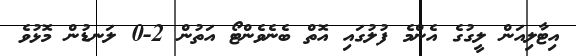
އިޓާލިއަން ލީގުގެ އެންމެ ފުލުގައި އޮތް ބެނެވެންޓޯ އަތުން 2-0 ލަނޑުން މޮޅުވެ